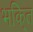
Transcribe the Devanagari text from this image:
भकि्‌त